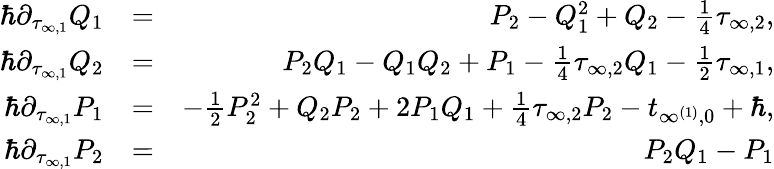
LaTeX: \begin{array}{rlr}{\hbar\partial_{\tau_{\infty,1}}Q_{1}}&{=}&{P_{2}-Q_{1}^{2}+Q_{2}-\frac{1}{4}\tau_{\infty,2},}\\ {\hbar\partial_{\tau_{\infty,1}}Q_{2}}&{=}&{P_{2}Q_{1}-Q_{1}Q_{2}+P_{1}-\frac{1}{4}\tau_{\infty,2}Q_{1}-\frac{1}{2}\tau_{\infty,1},}\\ {\hbar\partial_{\tau_{\infty,1}}P_{1}}&{=}&{-\frac{1}{2}P_{2}^{2}+Q_{2}P_{2}+2P_{1}Q_{1}+\frac{1}{4}\tau_{\infty,2}P_{2}-t_{\infty^{(1)},0}+\hbar,}\\ {\hbar\partial_{\tau_{\infty,1}}P_{2}}&{=}&{P_{2}Q_{1}-P_{1}}\end{array}